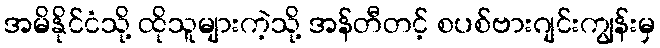
အမိနိုင်ငံသို့ ထိုသူများကဲ့သို့ အန်တီတင့် စပစ်ဗားဂျင်းကျွန်းမှ